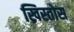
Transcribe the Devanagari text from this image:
ख्रिस्तोस